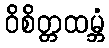
ဝိစိတ္တထမ္ဘံ